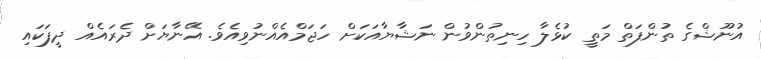
އުނޫޝްގެ ތުންފަތް މަތީ ކުޅެލާ ހިނިތުންވުން ނަޝާޔާއަކަށް ހަޖަމްއެއްނުވިއެވެ. އޭނާޔަށް ދެރައެއް ދީފަކައި